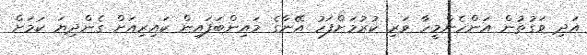
އަދި ވަގުތުން އަންހެންމީހާ ވަރި ކުރުމަށްފަހު އޭނާގެ މައިންބަފައިން ކައިރިއަށް ގެންދިޔަ ކަމަށް